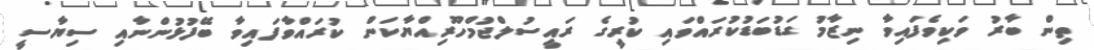
ތިން ބާރު ވަކިވެފައިވާ ނިޒާމު ގަޑުބަޑުކުރައްވައި ކުރީގެ ރައީސުލްޖުމްހޫރިއްޔާކަން ކުރައްވާފައިވާ ބޭފުޅުންނާއި ސިޔާސީ